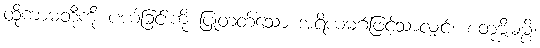
ထိုကာမတို့ကို ပယ်ခြင်းကို ပြုတတ်သော အရိယမဂ်ဖြင့်သာလျှင်။ စတုဗ္ဗိဓမ္ပိ၊